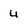
Character: 4